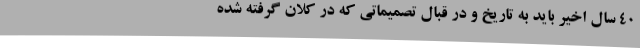
40 سال اخیر باید به تاریخ و در قبال تصمیماتی که در کلان گرفته شده